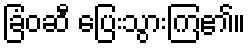
ခြံဝဆီ ပြေးသွားကြ၏။